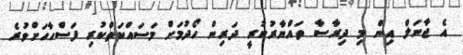
އެ ޖާނަލް އިން މި ދިރާސާ ތައްޔާރުކުރީ ދަރިން ހޯދުމަށް މަސައްކަތްކުރި ފަސްހާހަށްވުރެ